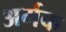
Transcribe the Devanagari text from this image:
अर्मक